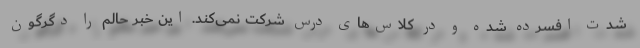
شدت افسرده شده و در کلاس‌های درس شرکت نمی‌کند. این خبر حالم را دگرگون